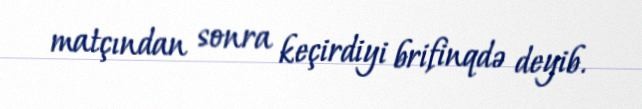
matçından sonra keçirdiyi brifinqdə deyib.